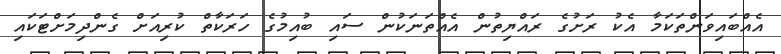
އެއްބައިވަންތަކަމާ އެކު ރަށުގެ ރައްޔިތުން އެއްތަނަކުން ސައި ބުއިމުގެ ހަރަކާތް ކުރިއަށް ގެންދިމަށްޓަކައި